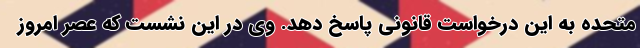
متحده به این درخواست قانونی پاسخ دهد. وی در این نشست که عصر امروز